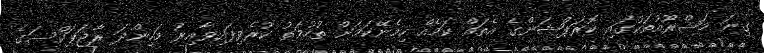
ގިނަ މަޝްރޫއުތަކުގައި ކޮރަޕްޝަންގެ އެތައް ކަމެއް ހިމެނޭކަމަށް ތުހުމަތު ކުރެވިފައިވާއިރު މަހިންދަ ރާޖަޕަކްސަގެ